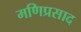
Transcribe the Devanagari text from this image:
मणिप्रसाद